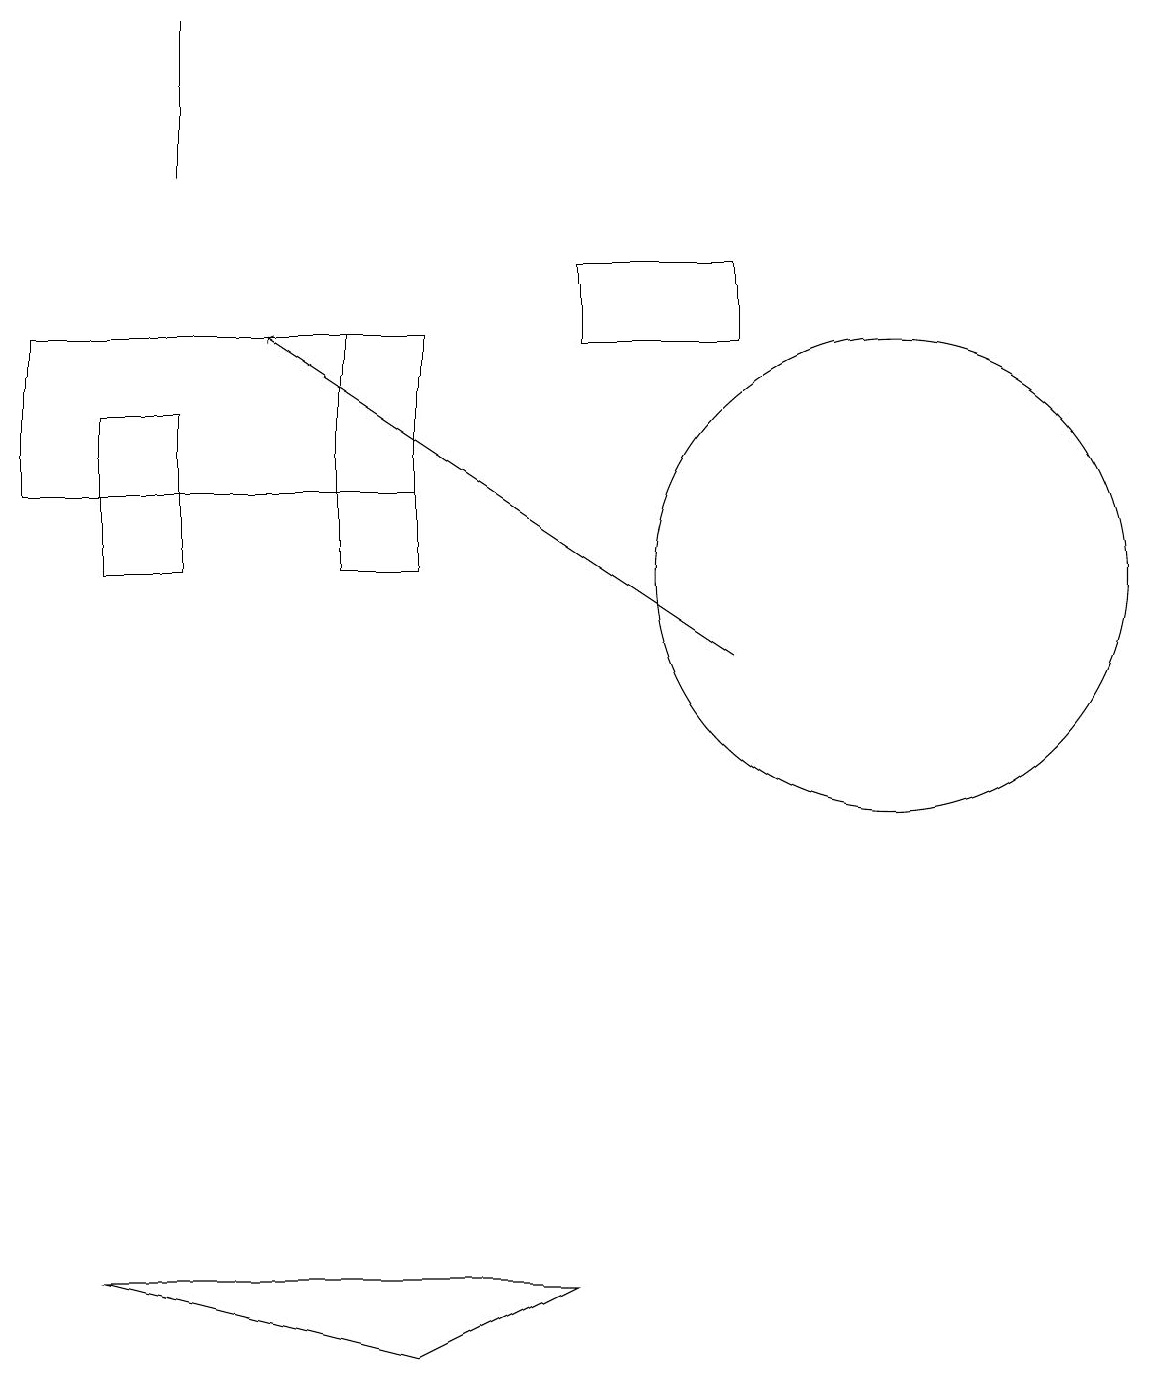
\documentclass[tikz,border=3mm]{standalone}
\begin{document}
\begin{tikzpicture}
\draw (7,15) rectangle (9,14);
\draw (2,18) rectangle (2,16);
\draw (5,11) rectangle (4,14);
\draw (5,12) rectangle (0,14);
\draw (1,2) -- (7,2) -- (5,1) -- cycle;
\draw (1,13) rectangle (2,11);
\draw (11,11) circle (3);
\draw[->] (9,10) -- (3,14);
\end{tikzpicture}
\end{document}